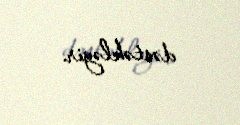
dəstəkləyir.